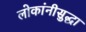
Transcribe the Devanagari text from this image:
लोकांनीसुद्धा